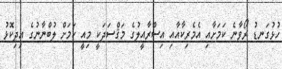
ހުޅުގަނޑު ރޯވާނެ ކަމަށާއި އެމެރިކާއާއި އިސްރާއީލުގެ މަޤްސަދަކީ މިއީ ކަމަށް ލުބްނާނުގެ އިދިކޮޅު